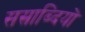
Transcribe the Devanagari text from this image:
सस्राब्दियों